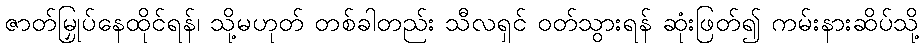
ဇာတ်မြှုပ်နေထိုင်ရန်၊ သို့မဟုတ် တစ်ခါတည်း သီလရှင် ဝတ်သွားရန် ဆုံးဖြတ်၍ ကမ်းနားဆိပ်သို့